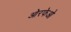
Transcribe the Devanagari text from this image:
ओरफेओ